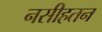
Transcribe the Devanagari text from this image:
नसीहतन